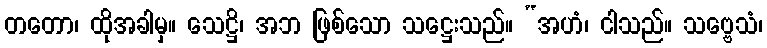
တတော၊ ထိုအခါမှ။ သေဋ္ဌိ၊ အဘ ဖြစ်သော သဋ္ဌေးသည်။ “အဟံ၊ ငါသည်။ သဗ္ဗေသံ၊